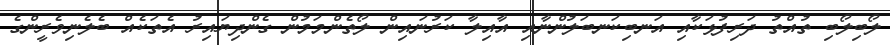
ލޯބިލޯބި ތުއްތު ދަރިފުޅަކާއި އަނބިކަނބަލުންނާއި އާއިލާ ކަރުނައިން ލޯތެންމަމުން ގެންދިޔައިރު އެތަކެއް ބެލެނިވެރީންގެ